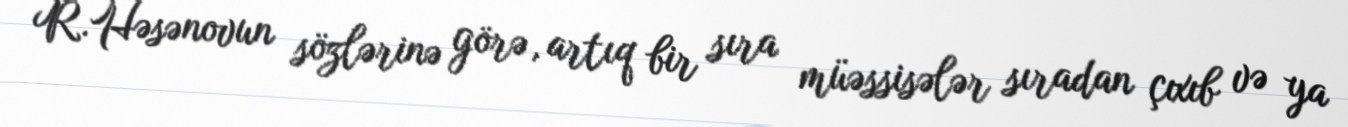
R.Həsənovun sözlərinə görə, artıq bir sıra müəssisələr sıradan çıxıb və ya